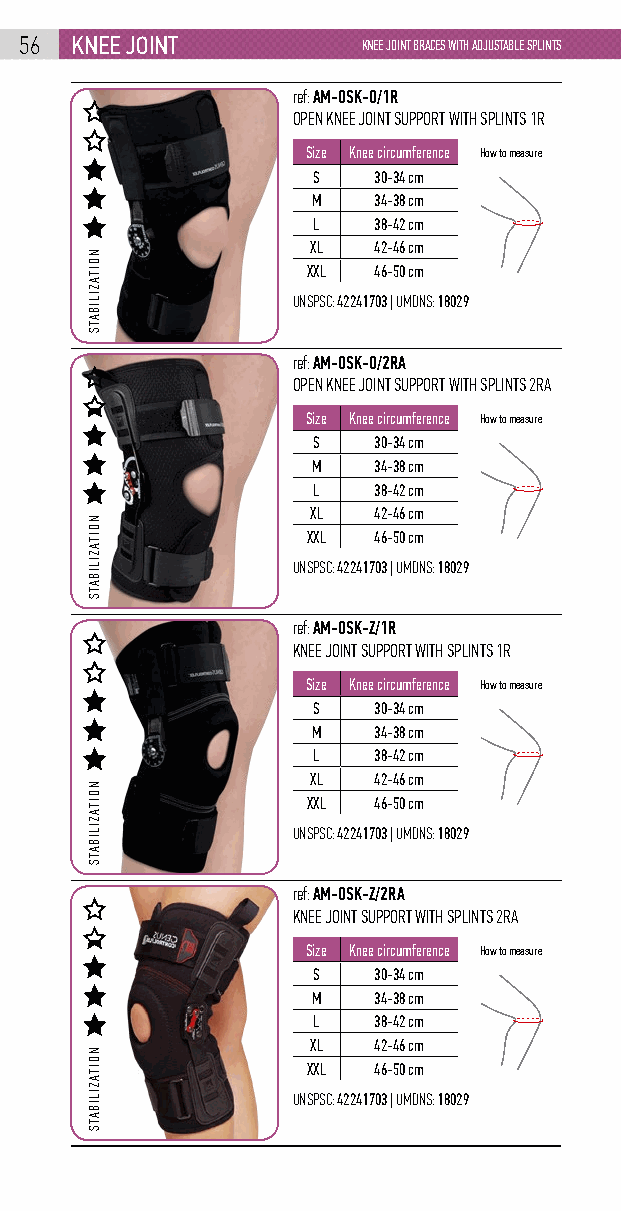
56  knEE joint         KNEE JOINT BRACES WITH ADJUSTABLE SPLINTS
 ref: AM-OSK-O/1R
 OPEN KNEE JOINT SUPPORT WITH SPLINTS 1R
 Size Knee circumference How to measure
 S   30-34 cm
 M   34-38 cm
 L   38-42 cm
 XL  42-46 cm
 XXL  46-50 cm
 UNSPSC: 42241703 | UMDNS: 18029
 ref: AM-OSK-O/2RA
 OPEN KNEE JOINT SUPPORT WITH SPLINTS 2RA
 Size Knee circumference How to measure
 S   30-34 cm
 M   34-38 cm
 L   38-42 cm
 XL  42-46 cm
 XXL  46-50 cm
 UNSPSC: 42241703 | UMDNS: 18029
 ref: AM-OSK-Z/1R
 KNEE JOINT SUPPORT WITH SPLINTS 1R
 Size Knee circumference How to measure
 S   30-34 cm
 M   34-38 cm
 L   38-42 cm
 XL  42-46 cm
 XXL  46-50 cm
 UNSPSC: 42241703 | UMDNS: 18029
 ref: AM-OSK-Z/2RA
 KNEE JOINT SUPPORT WITH SPLINTS 2RA
 Size Knee circumference How to measure
 S   30-34 cm
 M   34-38 cm
 L   38-42 cm
 XL  42-46 cm
 XXL  46-50 cm
 UNSPSC: 42241703 | UMDNS: 18029
 NOITAZILIBATS
 NOITAZILIBATS
 NOITAZILIBATS
 NOITAZILIBATS